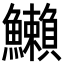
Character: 䲚